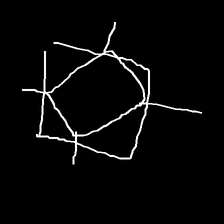
Glyph: light